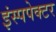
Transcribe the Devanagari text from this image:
इंस्पपेक्टर